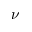
\nu